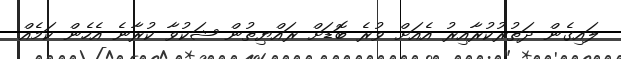
ލައިގެން ދަތުރުކުރާއިރު އެއަށް ވުރެ ބޮޑަށް ރައްޔިތުން ޝަކުވާ ކުރާނެ އެހެން ކަމެއް